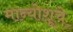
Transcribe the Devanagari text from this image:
मान्योशूचे